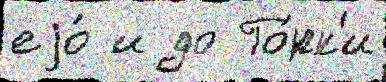
еjо́ и до Го́рк'и